Problem: 11 × 4 = ?
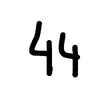
Handwritten answer: 44